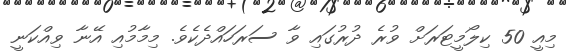
މިއީ 50 ކިލޯމީޓަރަށް ވުރެ ދުރުގައި ވާ ސަރަހައްދެކެވެ. މިމާމުއި އޭނާ ވިއްކަނީ